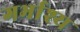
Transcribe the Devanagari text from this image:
गर्भाश्य